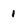
Character: 1